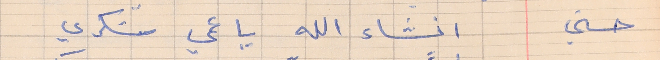
حسني        انشاء الله يا عمي شكري